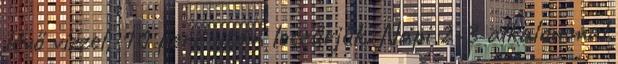
lévő vízzel, 10 perc után leszűrjük. Napi 2-3 alkalommal